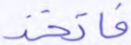
فاتخذ